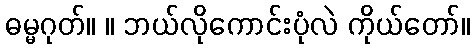
ဓမ္မဂုတ်။ ။ ဘယ်လိုကောင်းပုံလဲ ကိုယ်တော်။